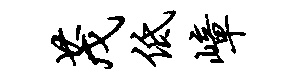
茂低嶂